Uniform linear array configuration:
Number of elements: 24
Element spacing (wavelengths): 0.25
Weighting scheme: hamming
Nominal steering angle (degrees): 60
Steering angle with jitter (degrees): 58.14
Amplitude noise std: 0.05
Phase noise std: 0.05

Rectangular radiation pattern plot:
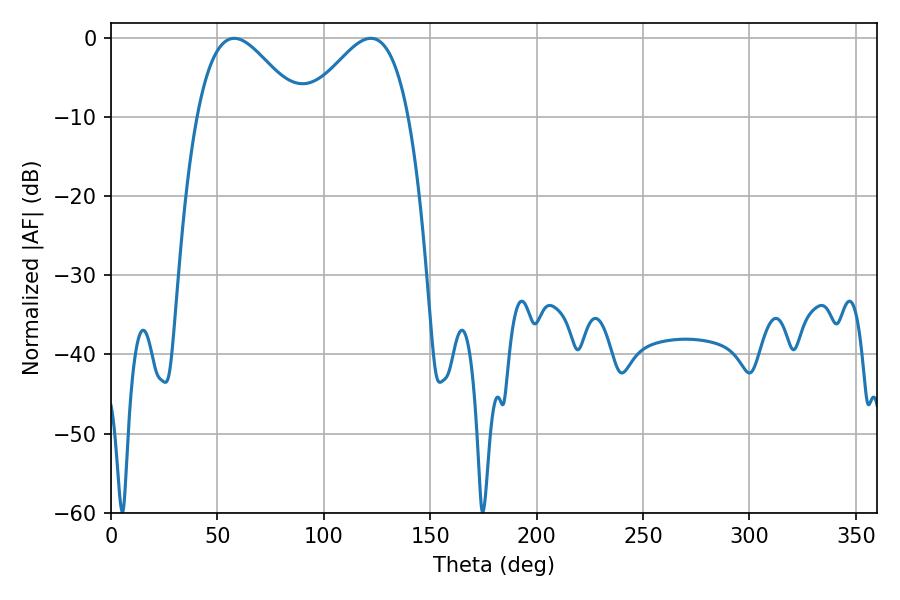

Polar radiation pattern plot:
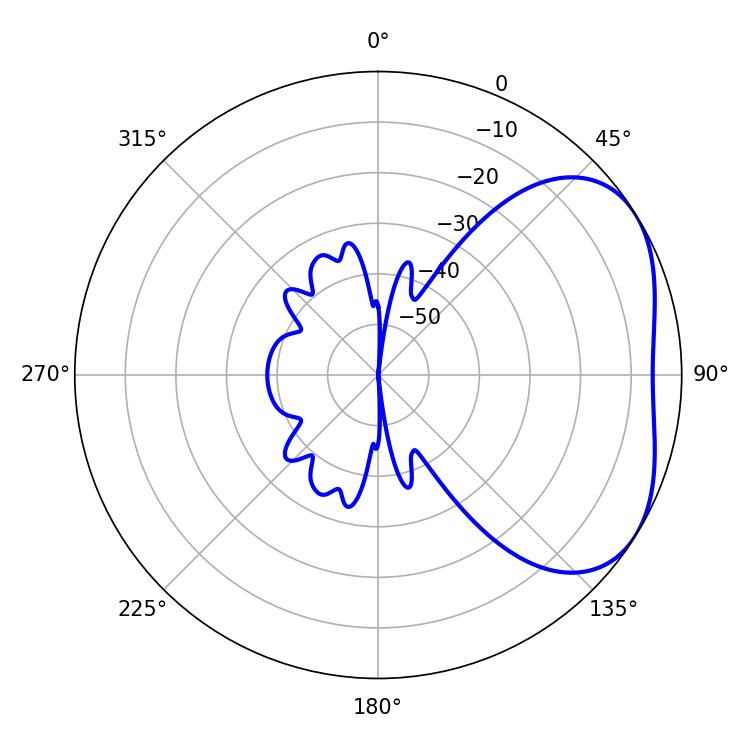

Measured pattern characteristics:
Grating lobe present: FALSE
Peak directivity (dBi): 3.6
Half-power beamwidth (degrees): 26.1
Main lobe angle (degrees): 57.96